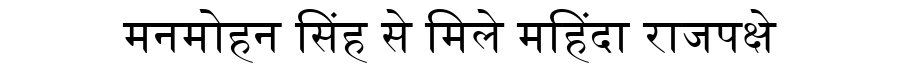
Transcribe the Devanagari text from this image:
मनमोहन सिंह से मिले महिंदा राजपक्षे